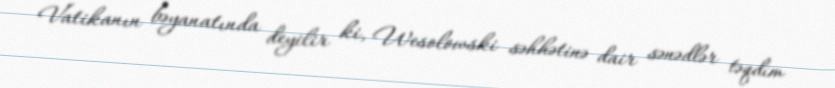
Vatikanın bəyanatında deyilir ki, Wesolowski səhhətinə dair sənədlər təqdim